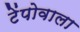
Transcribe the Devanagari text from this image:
टेंपोवाला